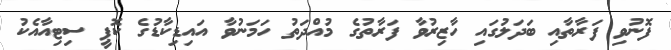
ފޮނުވި ފަރާތާއި ބަދަލުގައި ހާޒިރުވާ ފަރާތުގެ މުއްދަތު ހަމަނުވާ އައިޑިކާޑުގެ ކޮޕީ ސިޓިއާއެކު